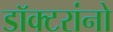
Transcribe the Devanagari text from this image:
डॉक्‍टरांनो